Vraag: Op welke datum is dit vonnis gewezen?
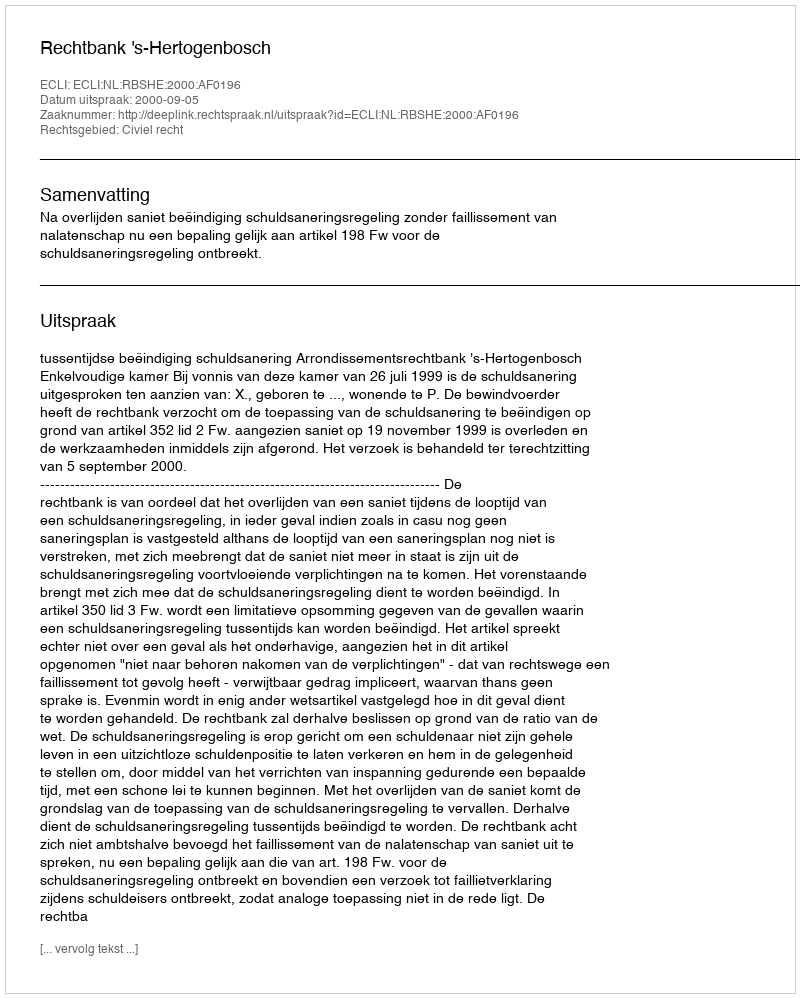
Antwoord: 2000-09-05